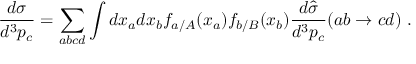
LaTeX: { \frac { d \sigma } { d ^ { 3 } p _ { c } } } = \sum _ { a b c d } \int d x _ { a } d x _ { b } f _ { a / A } ( x _ { a } ) f _ { b / B } ( x _ { b } ) { \frac { d \hat { \sigma } } { d ^ { 3 } p _ { c } } } ( a b \rightarrow c d ) \ .